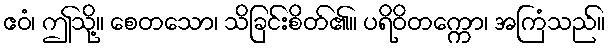
ဧဝံ၊ ဤသို့။ စေတသော၊ သိခြင်းစိတ်၏။ ပရိဝိတက္ကော၊ အကြံသည်။